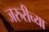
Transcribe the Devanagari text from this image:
जरुरीच्या